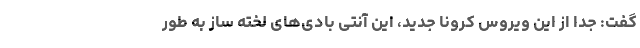
گفت: جدا از این ویروس کرونا جدید، این آنتی بادی‌های لخته ساز به طور